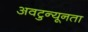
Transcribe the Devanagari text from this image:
अवटुन्यूनता